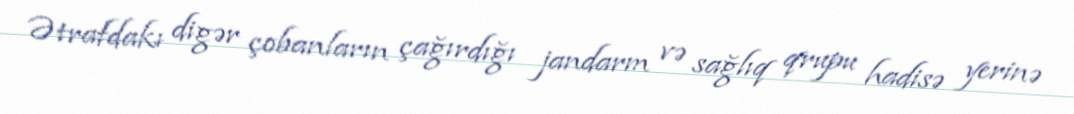
Ətrafdakı digər çobanların çağırdığı jandarm və sağlıq qrupu hadisə yerinə